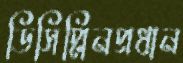
ডিসিপ্লিনপ্রধান